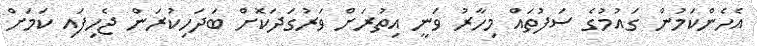
އެހެންކަމުން ގައުމުގެ ސަފުތައް މިހާރު ވަނީ އިތުރަށް ވަރުގަދަކޮށް ބަދަހިކުރަން ޖެހިފައި ކަމަށް